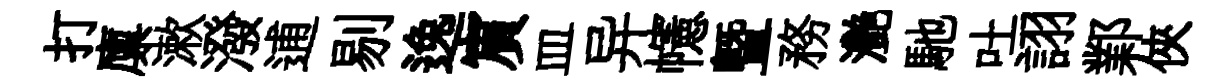
打廪漱潑逋剔逸賔皿异幰暨務灧馳吐詡鄴俠